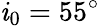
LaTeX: \mathit{i}_{0}=55^{\circ}